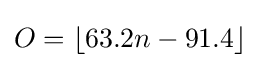
O=\left\lfloor 63.2n-91.4\right\rfloor